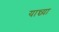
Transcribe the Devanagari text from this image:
यान्च्या